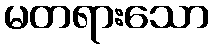
မတရားသော